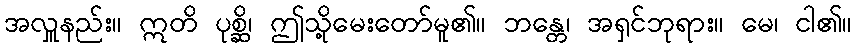
အလှူနည်း။ ဣတိ ပုစ္ဆိ၊ ဤသို့မေးတော်မူ၏။ ဘန္တေ၊ အရှင်ဘုရား။ မေ၊ ငါ၏။